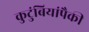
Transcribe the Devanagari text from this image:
कुटुंबियांपैकी